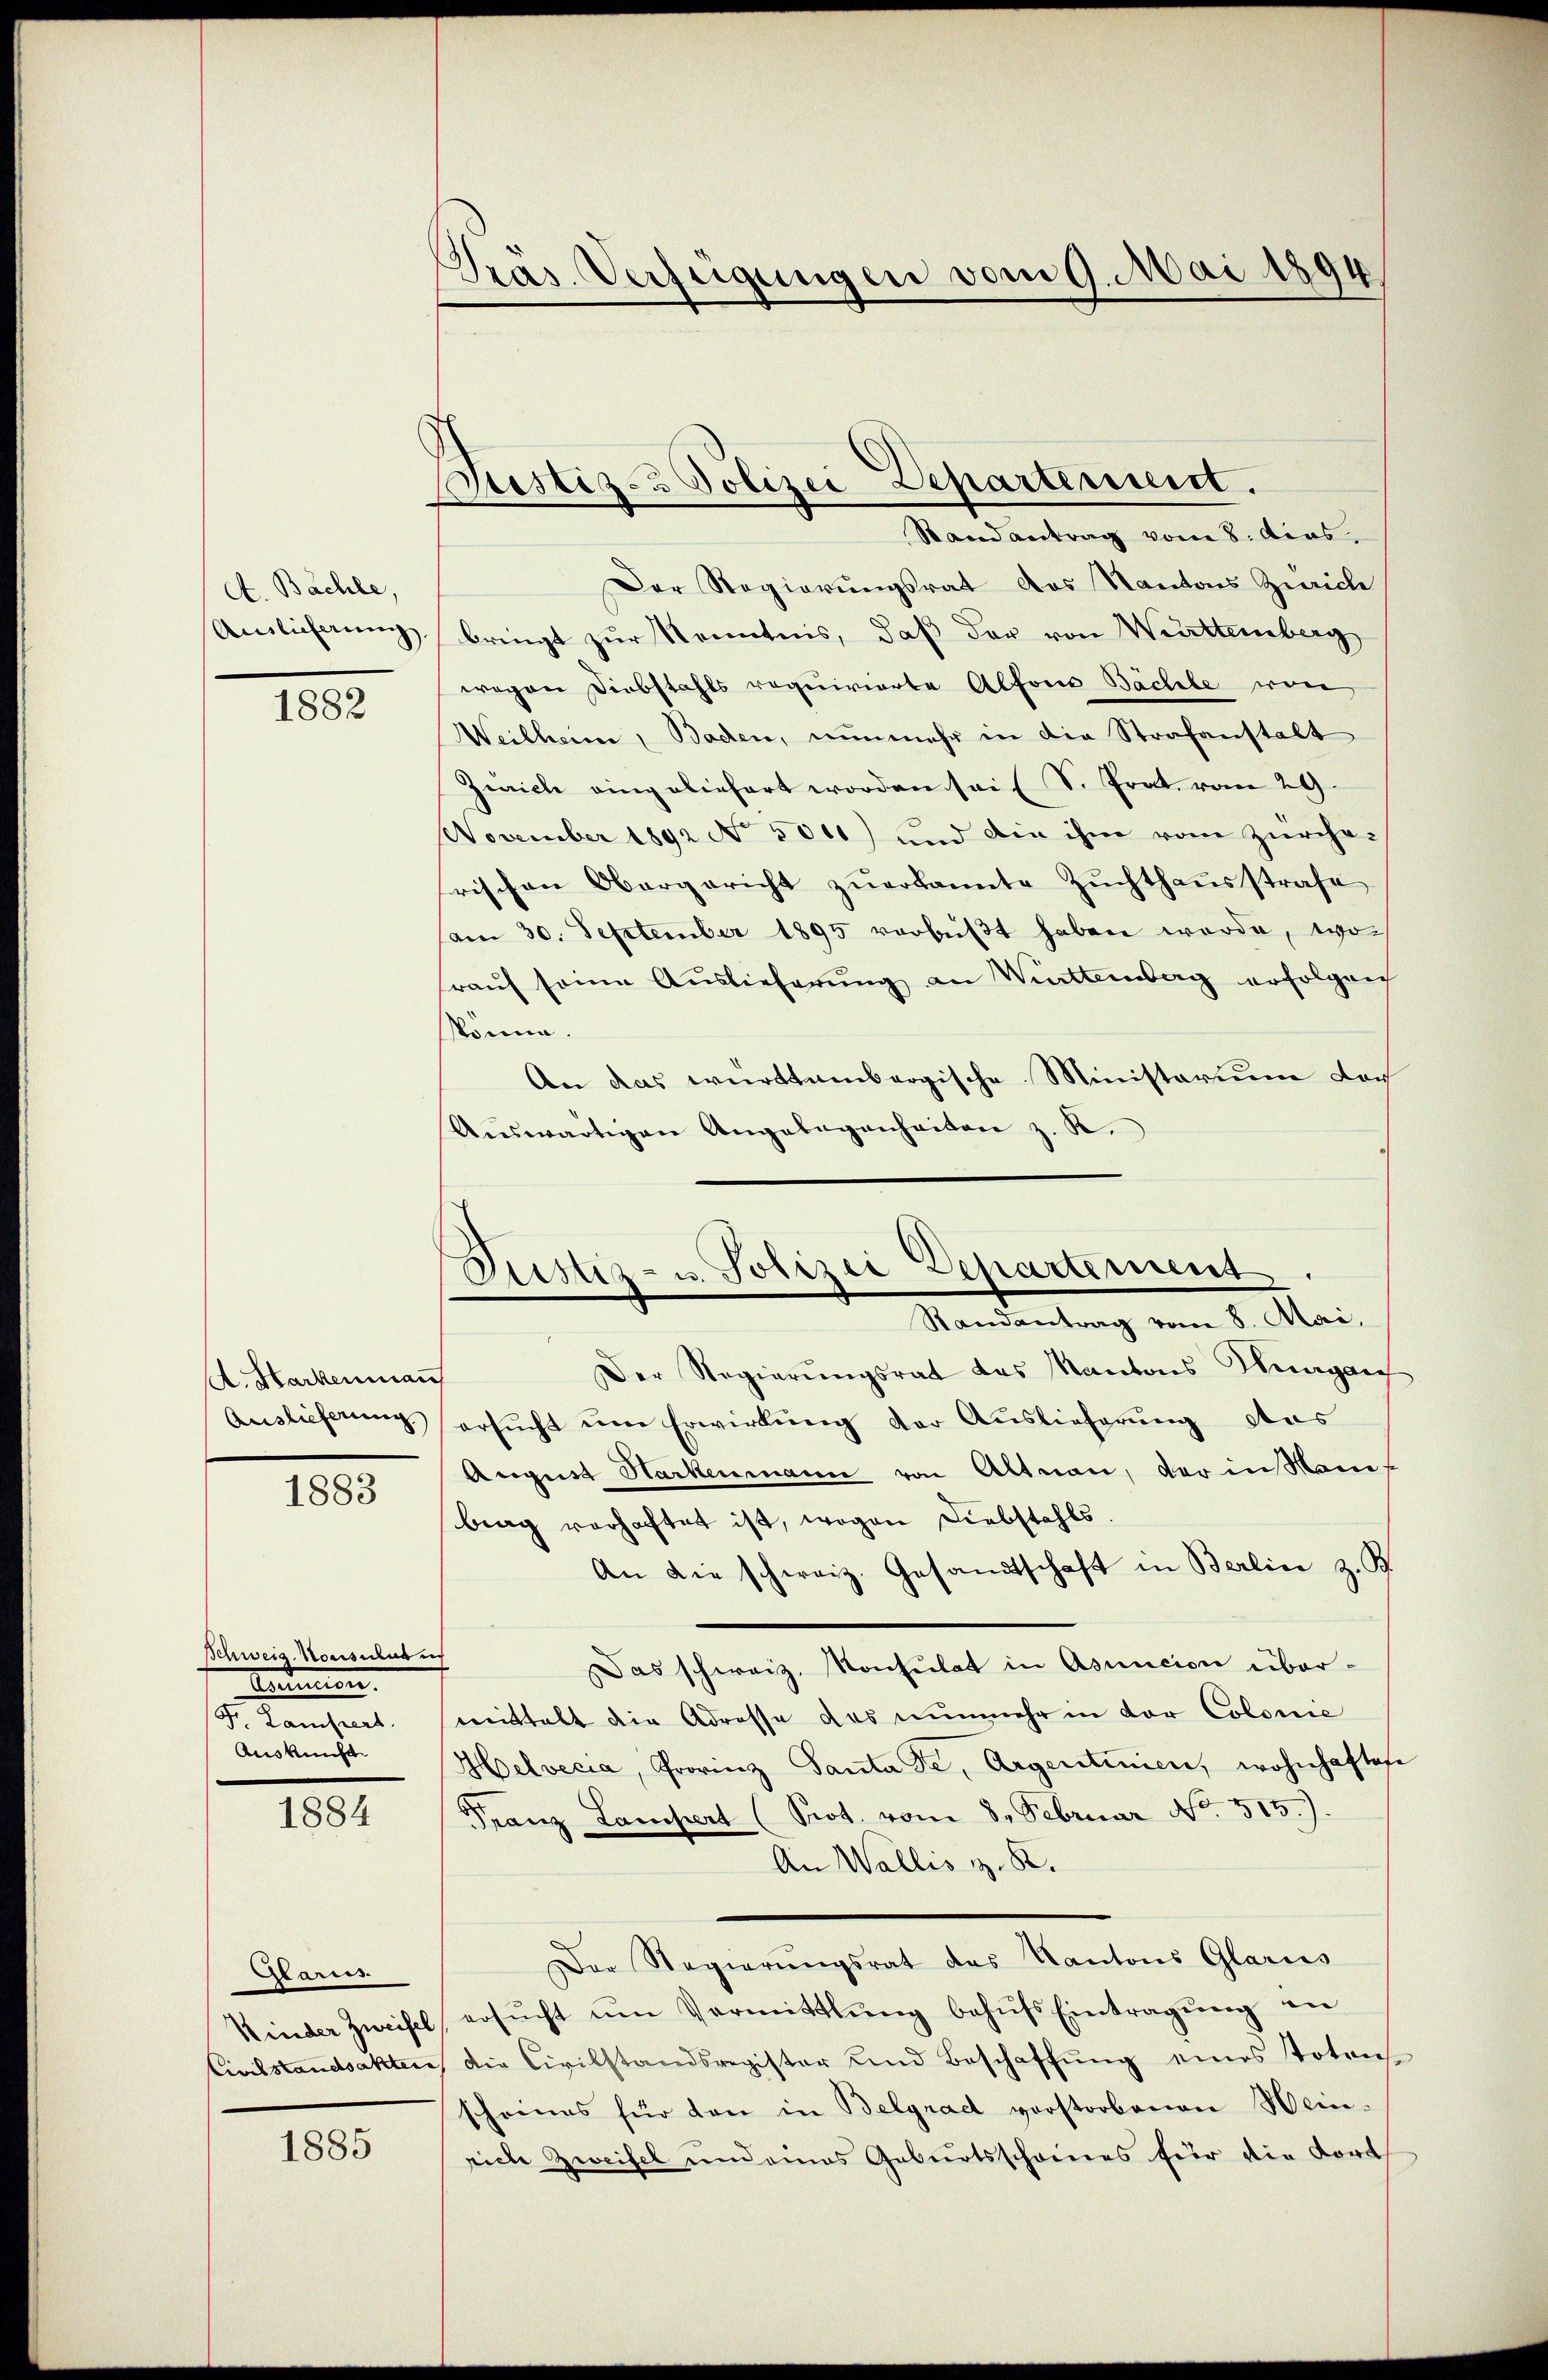
A. Bachle,
Ainlicherung

1882

A. Harkenmann
Auslieferung

1883

Schweiz. Konsulat i
Samen.

Auskunft.

1884

Karris

1885

Präs. Verfügungen vom 9. Mai 1894

Justiz- & Polizei Departement.
Randantrag vom 8. dies

Der Regierungsrat des Kantons Zürich
bringt zur Kenntnis, daß der von Württemberg
wegen Diebstahls requirierte Alfons Bäche von
Weilheim, Baden, nunmehr in die Strafanstalt
Zürich eingeliefert worden sei (S. Prat. vom 29.
November 1892 No 504) und die ihm vom Zürche-
frischen Obergericht zŭerkannte Zŭchthaŭsstrafe
am 30. September 1895 verbüßt haben werde, wo
rauf seine Auslieferung an Witteinberg erfolgen
könne.
An das württembergische Ministarium doch
Aŭswärtigen Angelegenheiten z. K.
Der Regierŭngsrat des Kantons Hungan
ersucht um Erwirkung der Auslieferung das
August Harkenmann von Altnau, der insam
brag verhaftet ist, wegen Diebstahls.
An die schweiz. Gesandtschaft in Berlin z. B.
Das schweiz. Konsulat in Asuncion übermittelt die Adresse das nunmehr in der Colonie
Helvecia, Provinz Santa Fe, Argentinien, wohnhaftete
Franz Lampert (Prot. vom 8. Februar No. 515.)
An Wallis z. R.
Der Regierŭngsrat das Kantons Glarus
Kinder Zweifel, ersŭcht ŭm Vermittlung behŭfs Eintragŭng an
Civilstandsakten, die Civilstandsregister und Beschaffŭng eines Totens
scheines für den in Belgrad vorstorbenen Heinriche Zweifel und eines Geburtsscheines für die Kort

Justiz- u. Polizei Departement.
¬
Randantrag vom 8. Mai,